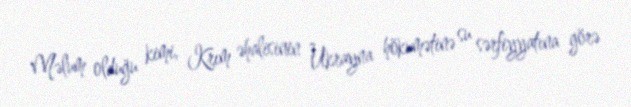
Məlum olduğu kimi, Krım əhalisinin Ukrayna hökumətinə su sərfiyyatına görə